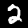
Digit: 2